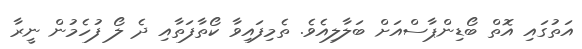
އަތުގައި އޮތް ބޯޑިންޕާސްއަށް ބަލާލިއެވެ. ތެމިފައިވާ ކޯތާފަތާއި ދެ ލޯ ފުހެމުން ނީރާ